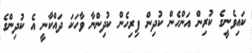
ކައިވެނީގެ ކުރިން އަންހެން ކުދިން ފިރިހެން ކުދިންނާ ވާހަކަ ދައްކާނީ އެ ކުދިންގެ